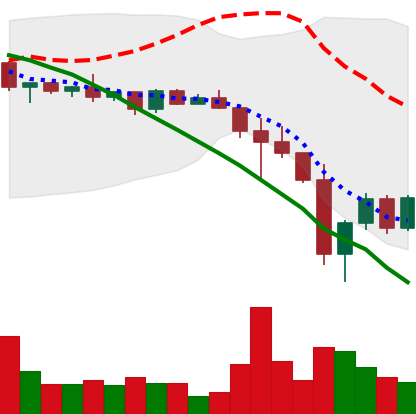
Ticker: BNB-USD
Chart end date: 2022-12-20
Forward return: -3.417%
Label: down_3_5